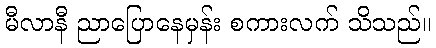
မီလာနီ ညာပြောနေမှန်း စကားလက် သိသည်။